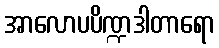
အာလောပပိဏ္ဍဒါတာရော